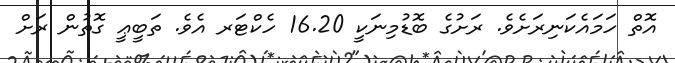
އޮތް ހަމައެކަނިރަށެވެ. ރަށުގެ ބޮޑުމިނަކީ 16.20 ހެކްޓަރ އެވެ. ތަބީޢީ ގޮތުން ރަށް